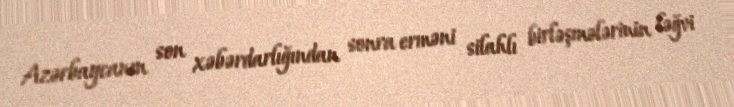
Azərbaycanın son xəbərdarlığından sonra erməni silahlı birləşmələrinin ləğvi